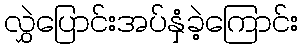
လွှဲပြောင်းအပ်နှံခဲ့ကြောင်း